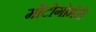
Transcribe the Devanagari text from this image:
मोंटोगोमेरी